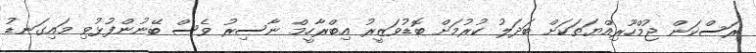
ރަސްކަން ޖުމްހޫރިއްޔަތަކަށް ބަދަލު ކުރުމަށް ބޮޑުވަޒީރު އިބްރާހީމް ނާސިރު ވެސް ބޭނުންފުޅުވި މައިގަނޑު